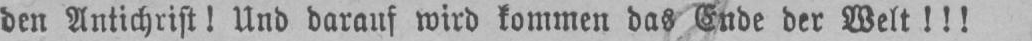
den Antichrist! Und darauf wird kommen das Ende der Welt!!!